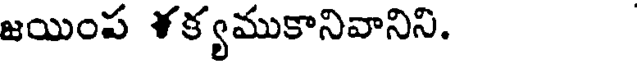
జయింప ళక్యముకానివానిని.